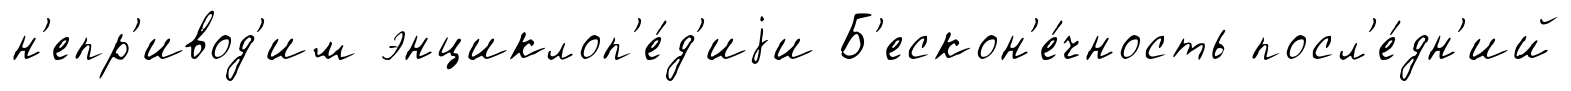
н'епр'ивод'им энциклоп'е́д'иjи Б'ескон'е́чность посл'е́дн'ий